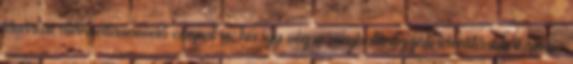
fővárosi utánpótlásnevelő csapat is; ha így végre meghatározzák identitásukat,akkor